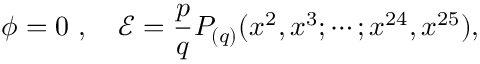
\phi = 0 \ , \quad \mathcal { E } = \frac { p } { q } P _ { ( q ) } ( x ^ { 2 } , x ^ { 3 } ; \cdots ; x ^ { 2 4 } , x ^ { 2 5 } ) ,